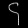
Digit: ၄